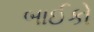
બાઈકો